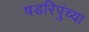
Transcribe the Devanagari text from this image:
षडरिपुंच्या